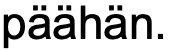
päähän.